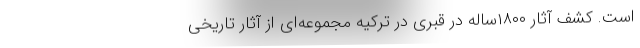
است. کشف آثار ۱۸۰۰ساله در قبری در ترکیه مجموعه‌ای از آثار تاریخی